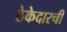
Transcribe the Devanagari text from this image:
ठेकेदारची